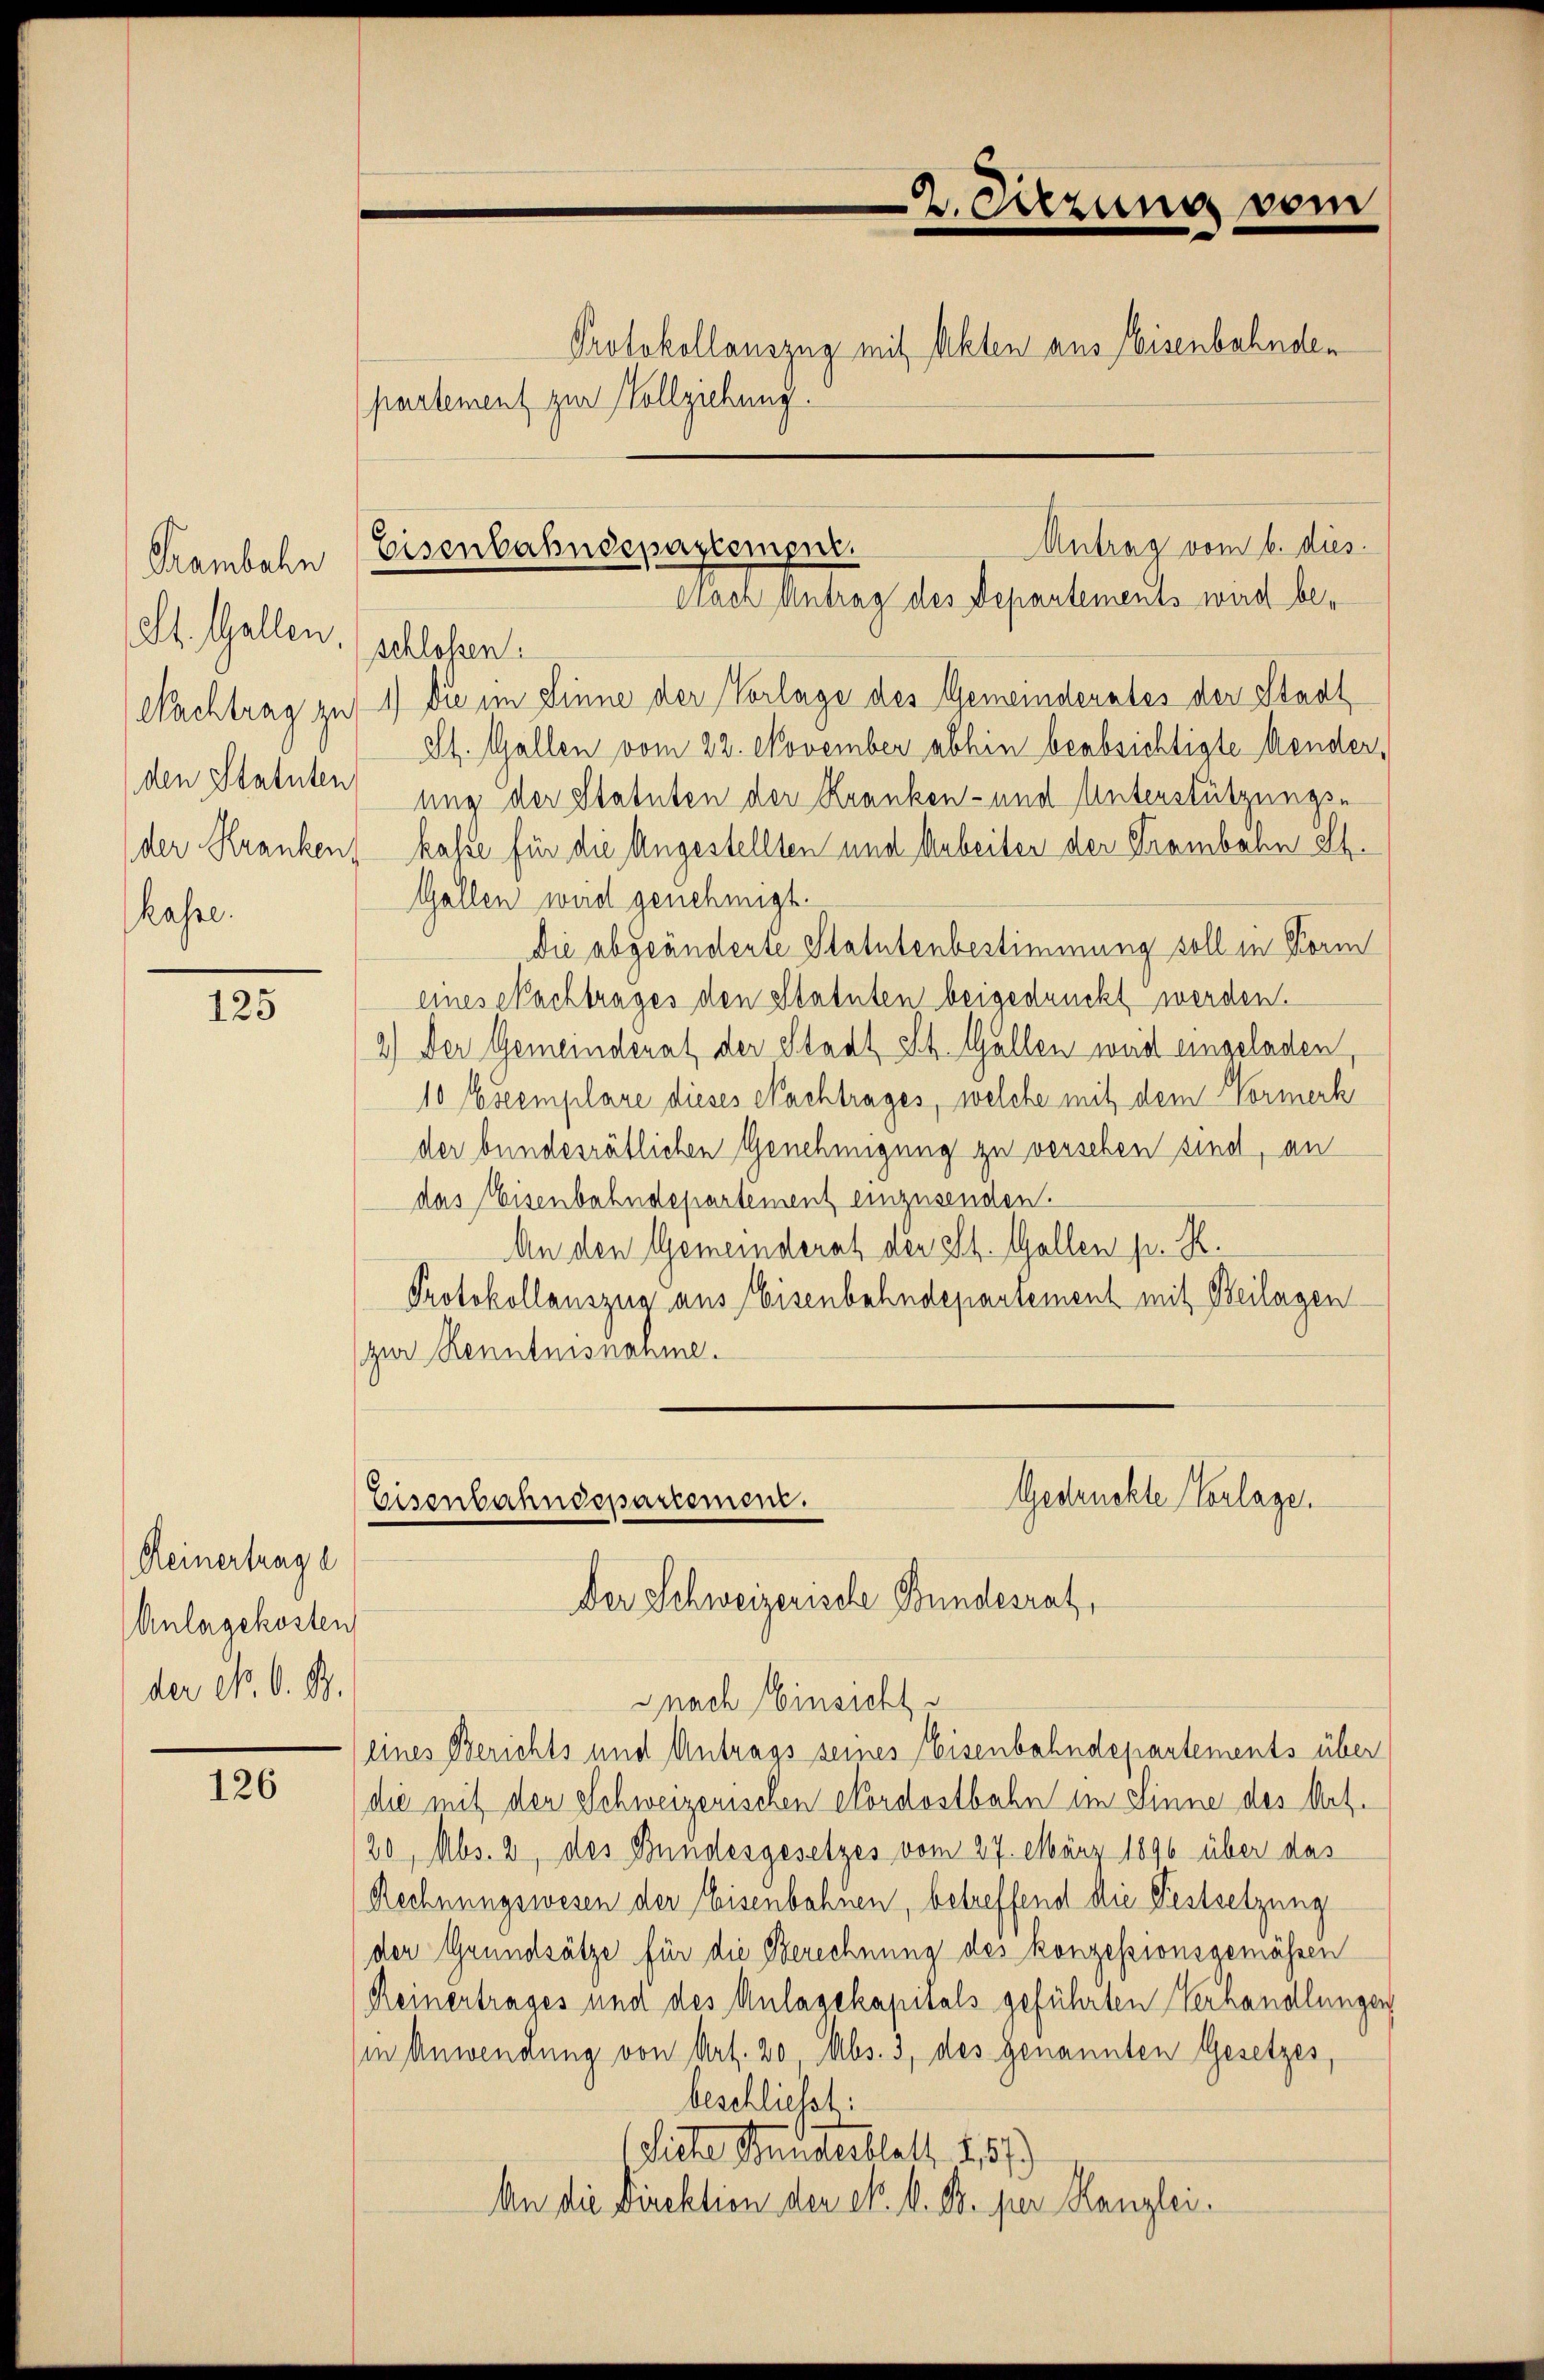
Grambahn
St. Gallen. (schlossen:
kasse.

125

Heinertrag e
Anlagekosten
der N. O. B.

126

partement zur Vollziehung.

Nachtrag zu 1. Du im Sinne der Vorlage des Gemeinderates der Stadt
St. Gallen vom 22. November abhin beabsichtigte Mender,
den Statuten) ung der Statuten der Kranken- und Unterstützungsder Kranken, kasse für die Angestellten und Arbeiter der Trambahn Ih¬
Gallen wird genehmigt.
Die abgeänderte Statutenbestimmung soll in Form
eines Nachtrages den Statuten beigedruckt werden.
2.) Der Gemeinderat der Stadt St. Gallen wird eingeladen,
10 Eseemplare dieses Nachtrages, welche mit dem Vormerk
der bundesrätlichen Genehmigung zu versehen sind, an
das Eisenbahndepartement einzusenden.
An den Gemeinderat der St. Gallen pr. K.
Protokollauszug aus Eisenbahndepartement mit Beilagen
(zur Renntnisnahme.

2. Sitzung vom
Protokollauszug mit Akten aus Eisenbahnden

Antrag vom 6. dies
Eisenbahndepartemper.
Nach Antrag des Departements wird be¬

eines Berichts und Antrags seines Eisenbahndepartements über
die mit den Schweizerischen Nordostbahn im Sinne des Art.
20, Mbs. 2, des Bundesgesetzes vom 27. März 1896 über das
Rechnungswesen der Eisenbahnen, betreffend die Festsetzung
der Grundsätze für die Berechnung des konzessionsgemässen
Reinertrages und des Anlagekapitals geführten Verhandlungen
in Anwendung von Art. 20 Abs. 3, des genannten Gesetzes,
beschliesst:
(Siche Stundesblatt 1,57)
An die Direktion der k. k. B. per Kanzlei.

Gestruckte Vorlagen
Eisenbahndepartement.
Der Schweizerische Bundesrat,
snach Einsicht